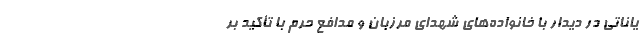
یاناتی در دیدار با خانواده‌های شهدای مرزبان و مدافع حرم با تأکید بر